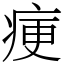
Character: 㾘